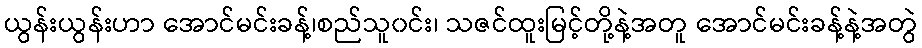
ယွန်းယွန်းဟာ အောင်မင်းခန့်၊စည်သူ၀င်း၊ သဇင်ထူးမြင့်တို့နဲ့အတူ အောင်မင်းခန့်နဲ့အတွဲ